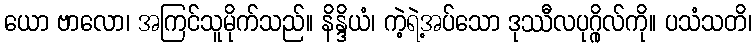
ယော ဗာလော၊ အကြင်သူမိုက်သည်။ နိန္ဒိယံ၊ ကဲ့ရဲ့အပ်သော ဒုဿီလပုဂ္ဂိုလ်ကို။ ပသံသတိ၊